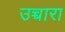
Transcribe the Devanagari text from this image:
उच्चारा